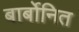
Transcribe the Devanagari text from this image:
बार्बोनित